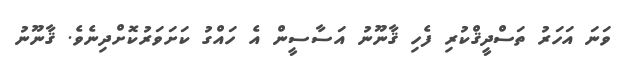
ވަނަ އަހަރު ތަސްދީޤްކުރި ފެހި ޤާނޫނު އަސާސީން އެ ހައްގު ކަށަވަރުކޮށްދިނެވެ. ޤާނޫނު